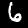
Label: 6